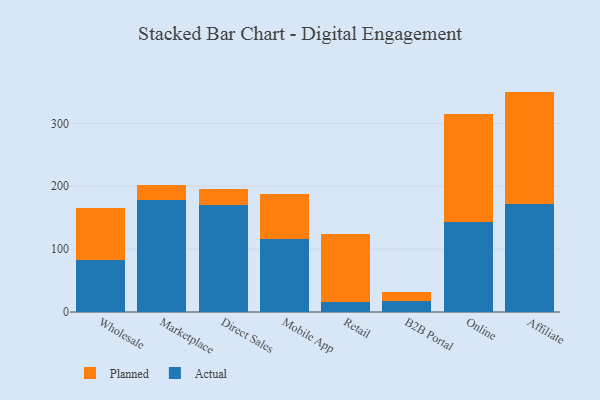
{"axis": {"x": "Channel", "y": "Tickets Resolved"}, "legend": ["Actual", "Planned"], "data": [{"x": "Wholesale", "y": 82.3, "type": "Actual"}, {"x": "Wholesale", "y": 83.0, "type": "Planned"}, {"x": "Marketplace", "y": 178.9, "type": "Actual"}, {"x": "Marketplace", "y": 23.1, "type": "Planned"}, {"x": "Direct Sales", "y": 169.5, "type": "Actual"}, {"x": "Direct Sales", "y": 25.6, "type": "Planned"}, {"x": "Mobile App", "y": 116.6, "type": "Actual"}, {"x": "Mobile App", "y": 70.5, "type": "Planned"}, {"x": "Retail", "y": 15.9, "type": "Actual"}, {"x": "Retail", "y": 108.6, "type": "Planned"}, {"x": "B2B Portal", "y": 18.2, "type": "Actual"}, {"x": "B2B Portal", "y": 13.9, "type": "Planned"}, {"x": "Online", "y": 142.4, "type": "Actual"}, {"x": "Online", "y": 172.9, "type": "Planned"}, {"x": "Affiliate", "y": 172.5, "type": "Actual"}, {"x": "Affiliate", "y": 178.1, "type": "Planned"}]}